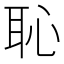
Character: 恥